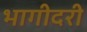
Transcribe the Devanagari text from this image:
भागीदरी